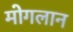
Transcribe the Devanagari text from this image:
मोगलान